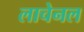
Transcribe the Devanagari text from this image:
लाचेनल